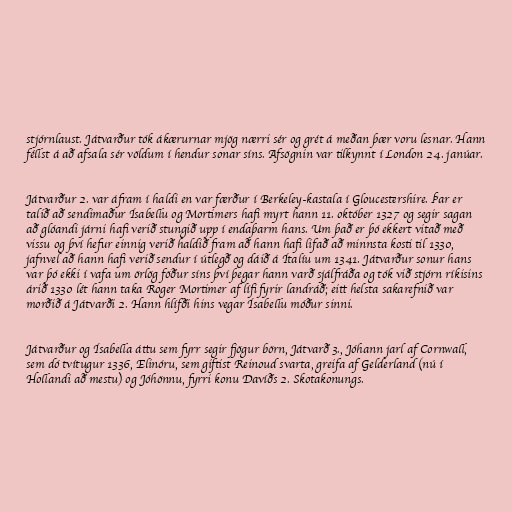
stjórnlaust. Játvarður tók ákærurnar mjög nærri sér og grét á meðan þær voru lesnar. Hann
féllst á að afsala sér völdum í hendur sonar síns. Afsögnin var tilkynnt í London 24. janúar.

Játvarður 2. var áfram í haldi en var færður í Berkeley-kastala í Gloucestershire. Þar er
talið að sendimaður Ísabellu og Mortimers hafi myrt hann 11. október 1327 og segir sagan
að glóandi járni hafi verið stungið upp í endaþarm hans. Um það er þó ekkert vitað með
vissu og því hefur einnig verið haldið fram að hann hafi lifað að minnsta kosti til 1330,
jafnvel að hann hafi verið sendur í útlegð og dáið á Ítalíu um 1341. Játvarður sonur hans
var þó ekki í vafa um örlög föður síns því þegar hann varð sjálfráða og tók við stjórn ríkisins
árið 1330 lét hann taka Roger Mortimer af lífi fyrir landráð; eitt helsta sakarefnið var
morðið á Játvarði 2. Hann hlífði hins vegar Ísabellu móður sinni.

Játvarður og Ísabella áttu sem fyrr segir fjögur börn, Játvarð 3., Jóhann jarl af Cornwall,
sem dó tvítugur 1336, Elinóru, sem giftist Reinoud svarta, greifa af Gelderland (nú í
Hollandi að mestu) og Jóhönnu, fyrri konu Davíðs 2. Skotakonungs.